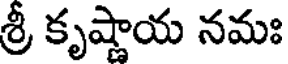
శ్రీ కృష్ణాయ నమః